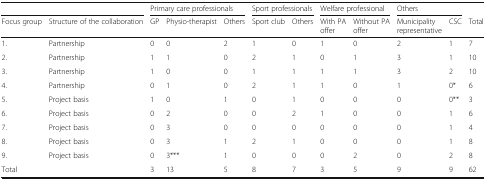
| <COLSPAN=2>  | <COLSPAN=3> Primary care professionals | <COLSPAN=2> Sport professionals | <COLSPAN=2> Welfare professional | <COLSPAN=2> Others |  |
 | Focus group | Structure of the collaboration | GP | Physio-therapist | Others | Sport club | Others | With PA offer | Without PA offer | Municipality representative | CSC | Total |
 | --- | --- | --- | --- | --- | --- | --- | --- | --- | --- | --- | --- |
 | 1. | Partnership | 0 | 0 | 2 | 1 | 0 | 1 | 0 | 2 | 1 | 7 |
 | 2. | Partnership | 1 | 1 | 0 | 2 | 1 | 0 | 1 | 3 | 1 | 10 |
 | 3. | Partnership | 1 | 0 | 0 | 1 | 1 | 1 | 1 | 3 | 2 | 10 |
 | 4. | Partnership | 0 | 1 | 0 | 2 | 1 | 1 | 0 | 1 | 0* | 6 |
 | 5. | Project basis | 1 | 0 | 1 | 0 | 1 | 0 | 0 | 0 | 0** | 3 |
 | 6. | Project basis | 0 | 2 | 0 | 0 | 2 | 1 | 0 | 0 | 1 | 6 |
 | 7. | Project basis | 0 | 3 | 0 | 0 | 0 | 0 | 0 | 0 | 1 | 4 |
 | 8. | Project basis | 0 | 3 | 1 | 2 | 1 | 0 | 0 | 0 | 1 | 8 |
 | 9. | Project basis | 0 | 3*** | 1 | 0 | 0 | 0 | 2 | 0 | 2 | 8 |
 | Total |  | 3 | 13 | 5 | 8 | 7 | 3 | 5 | 9 | 9 | 62 |